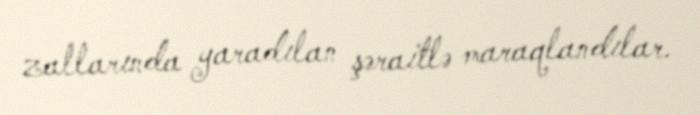
zallarında yaradılan şəraitlə maraqlandılar.